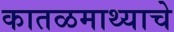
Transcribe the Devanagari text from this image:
कातळमाथ्याचे